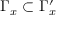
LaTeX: \Gamma _ { x } \subset \Gamma _ { x } ^ { \prime }